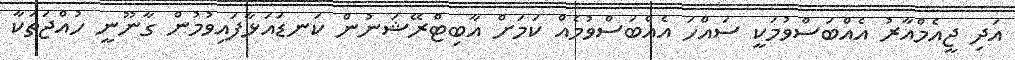
އަދި ޖީއެމްއާރު އެއްބަސްވުމަކީ ސައްހަ އެއްބަސްވުމެއް ކަމަށް އާބިޓްރޭޝަނުން ކަނޑައަޅާފައިވުމުން ގާނޫނީ ހުއްޖަތަކާ